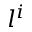
l ^ { i }